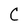
Character: C